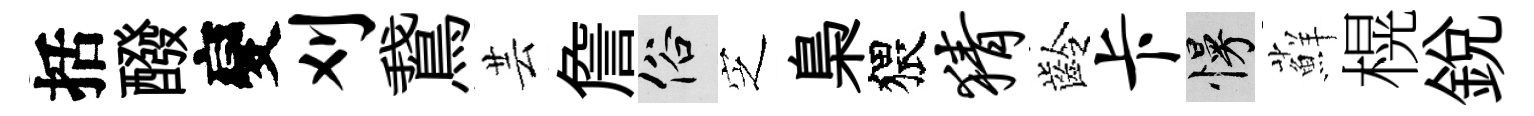
括醱變刈鵞芸詹俗㝎梟猥猜齡卡慢蘚榥銳